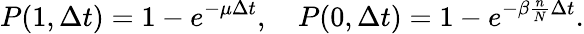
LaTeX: P(1,\Delta t)=1-e^{-\mu\Delta t},\quad P(0,\Delta t)=1-e^{-\beta\frac{n}{N}\Delta t}.